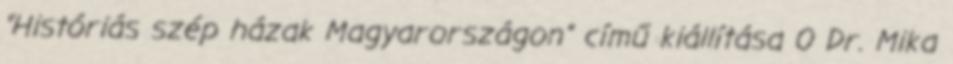
“Históriás szép házak Magyarországon” című kiállítása 0 Dr. Mika